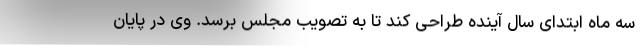
سه ماه ابتدای سال آینده طراحی کند تا به تصویب مجلس برسد. وی در پایان